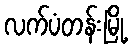
လက်ပံတန်းမြို့